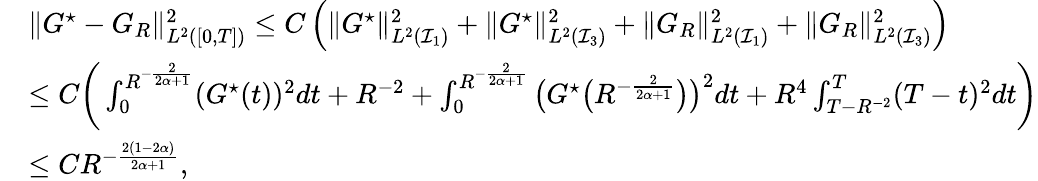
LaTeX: \begin{array}{rl}&{\| G^{\star}-{G}_{R}\| _{L^{2}([0,T])}^{2}\le C\left(\| G^{\star}\| _{L^{2}(\mathcal{I}_{1})}^{2}+\| G^{\star}\| _{L^{2}(\mathcal{I}_{3})}^{2}+\| G_{R}\| _{L^{2}(\mathcal{I}_{1})}^{2}+\| G_{R}\| _{L^{2}(\mathcal{I}_{3})}^{2}\right)}\\ &{\le C\bigg(\int_{0}^{R^{-\frac{2}{2\alpha+1}}}(G^{\star}(t))^{2}dt+R^{-2}+\int_{0}^{R^{-\frac{2}{2\alpha+1}}}\big(G^{\star}\big(R^{-\frac{2}{2\alpha+1}}\big)\big)^{2}dt+R^{4}\int_{T-R^{-2}}^{T}(T-t)^{2}dt\bigg)}\\ &{\le CR^{-\frac{2(1-2\alpha)}{2\alpha+1}},}\end{array}